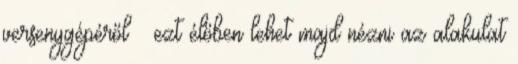
versenygépéről – ezt élőben lehet majd nézni az alakulat